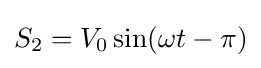
S_{2}=V_{0}\sin(\omega t-\pi )